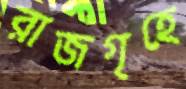
রাজগৃহে